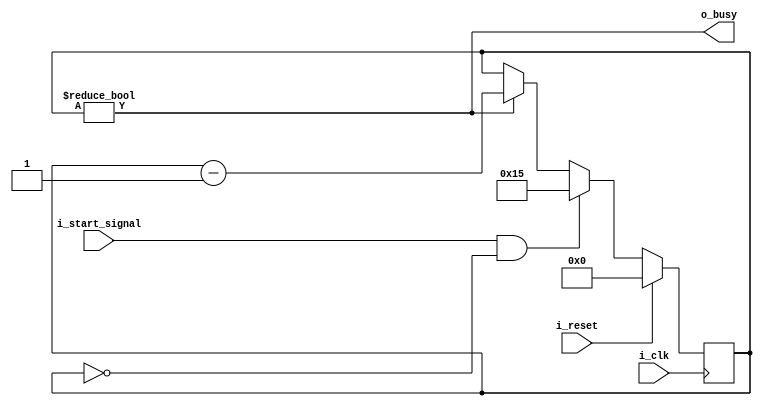
module	busyctr(i_clk, i_reset, i_start_signal, o_busy);
	parameter	[15:0]	MAX_AMOUNT = 22;
	input	wire	i_clk, i_reset;
	input	wire	i_start_signal;
	output	reg	o_busy;

	reg	[15:0]	counter;

	initial	counter = 0;
	always @(posedge i_clk)
		if (i_reset)
			counter <= 0;
		else if ((i_start_signal)&&(counter == 0))
			counter <= MAX_AMOUNT-1'b1;
		else if (counter != 0)
			counter <= counter - 1'b1;

	always @(*)
		o_busy <= (counter != 0);

`ifdef	FORMAL
	// Your formal properties would go here
`endif
endmodule